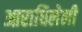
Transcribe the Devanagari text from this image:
आराधिलेली